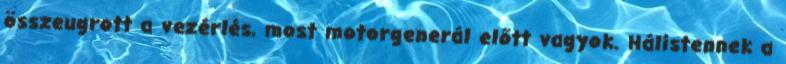
összeugrott a vezérlés, most motorgenerál előtt vagyok. Hálistennek a